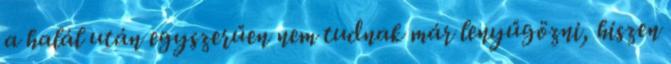
a halál után egyszerűen nem tudnak már lenyűgözni, hiszen